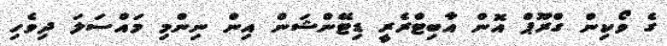
ގެ ވޯކިން ގްރޫޕް އޮން އާބިޓްރެރީ ޑިޓޭންޝަން އިން ނިންމި މައްސަލަ ދިވެހި